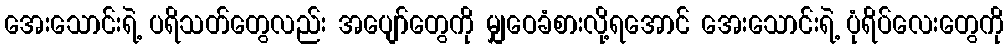
အေးသောင်းရဲ့ ပရိသတ်တွေလည်း အပျော်တွေကို မျှဝေခံစားလို့ရအောင် အေးသောင်းရဲ့ ပုံရိပ်လေးတွေကို